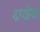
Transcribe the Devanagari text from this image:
दर्ग्यांचा